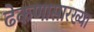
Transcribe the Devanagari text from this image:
ढेकणासारख्या